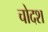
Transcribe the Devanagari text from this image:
चोदश